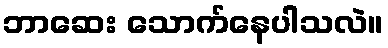
ဘာဆေး သောက်နေပါသလဲ။